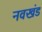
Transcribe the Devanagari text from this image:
नवखंड